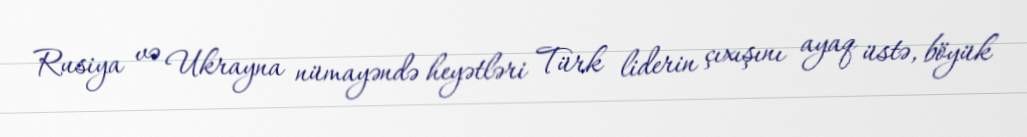
Rusiya və Ukrayna nümayəndə heyətləri Türk liderin çıxışını ayaq üstə, böyük